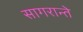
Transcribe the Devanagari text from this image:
सागरान्ते